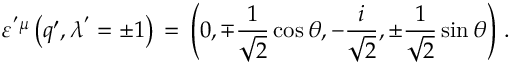
\varepsilon ^ { ' \mu } \left( q ^ { \prime } , \lambda ^ { ' } = \pm 1 \right) \, = \, \left( 0 , \mp { \frac { 1 } { \sqrt { 2 } } } \cos \theta , - { \frac { i } { \sqrt { 2 } } } , \pm { \frac { 1 } { \sqrt { 2 } } } \sin \theta \right) \, .